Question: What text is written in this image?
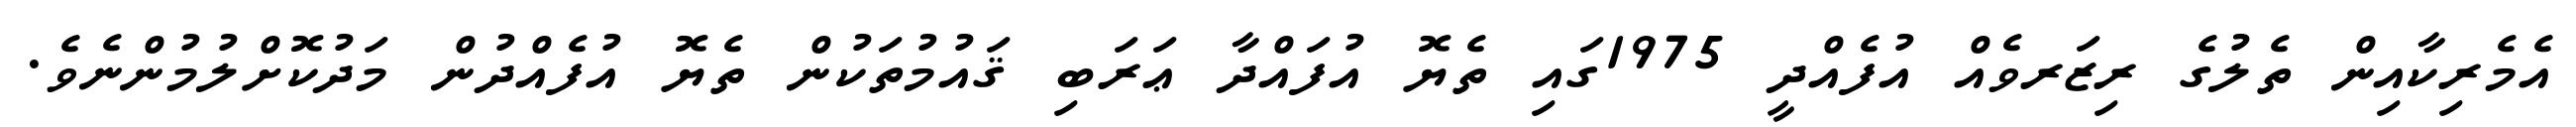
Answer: އެމެރިކާއިން ތެލުގެ ރިޒަރވެއް އުފެއްދީ 1975ގައި ތެޔޮ އުފައްދާ ޢަރަބި ޤައުމުތަކުން ތެޔޮ އުފެއްދުން މަދުކޮށްލުމުންނެވެ.